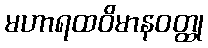
မဟာရထဝိမာနဝတ္ထု